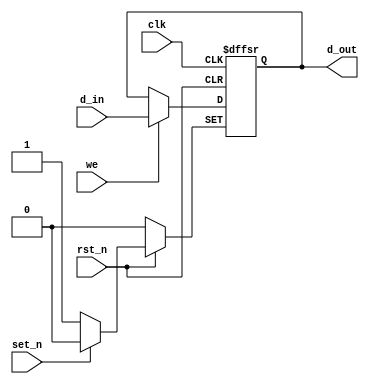
`timescale 1 ns / 1 ps

module dff_complex(clk, rst_n, set_n, we, d_in, d_out);

input clk, rst_n, set_n, we, d_in;

output reg d_out;

always @(posedge clk, negedge rst_n, negedge set_n) begin

if(!rst_n) begin

d_out <= 1'b0;

end else if(!set_n) begin

d_out <= 1'b1;

end else if(we) begin

d_out <= d_in;

end

end

//synopsys translate_off

always @(rst_n, set_n) begin

if(rst_n && !set_n) begin

force d_out = 1'b1;

end else begin

release d_out;

end

end

//synopsys translate_on

endmodule